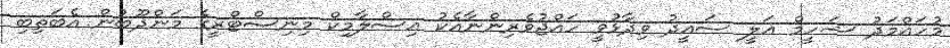
މުހައްމަދު ޝަހީމް ޢަލީ ސައީދު ވިދާޅުވީ ހައްޖުވެރިންނާއެކު އިސްލާމިކް މިނިސްޓްރީގެ މަންދޫބުން އެބަތިބި